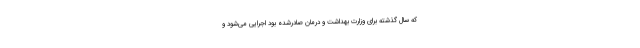
که سال گذشته برای وزارت بهداشت و درمان صادرشده بود اجرایی می‌شود و